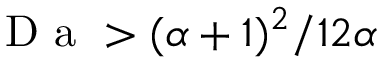
\mathrm { ~ D ~ a ~ } > ( \alpha + 1 ) ^ { 2 } / 1 2 \alpha